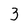
Character: 3